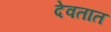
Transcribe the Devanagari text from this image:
देवतात